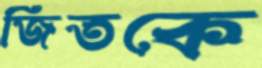
জিতকে